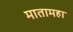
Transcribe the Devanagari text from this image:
मातामहा